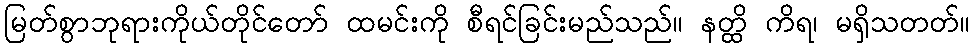
မြတ်စွာဘုရားကိုယ်တိုင်တော် ထမင်းကို စီရင်ခြင်းမည်သည်။ နတ္ထိ ကိရ၊ မရှိသတတ်။